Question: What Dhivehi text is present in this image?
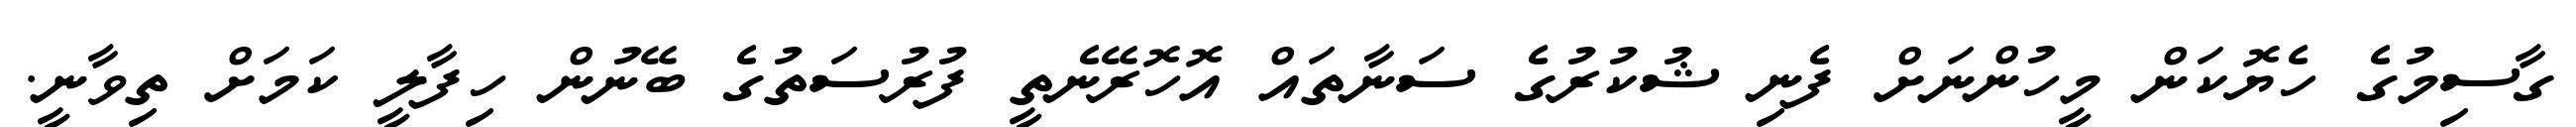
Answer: ގާސިމުގެ ހެޔޮކަން މީހުންނަށް ފެނި ޝުކުރުގެ ސަނާތައް އޮހޮރޭނެތީ ފުރުސަތުގެ ބޭނުން ހިފާލީ ކަމަށް ތިވާނީ.